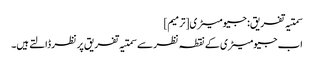
سمتیہ تفریق: جیومیٹری[ترمیم]
اب جیومیٹری کے نقطہ نظر سے سمتیہ تفریق پر نظر ڈالتے ہیں۔